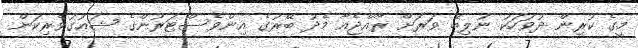
މީގެ ކުރިން ދުވަހަކު ނުލިބޭ ވަރަށް ރާއްޖެއާ މެދު ބޭރުގެ އިންވެސްޓަރުންގެ ޝައުގުވެރިކަން